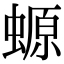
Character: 螈